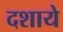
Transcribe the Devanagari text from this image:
दशाये